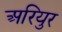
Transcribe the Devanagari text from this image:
अरियुर